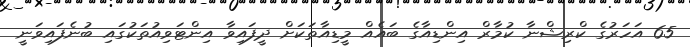
65 އަހަރުގެ ކްރިޝްނާ ކުމާރް އިންޑިއާގެ ބައެއް މީޑިއާތަކަށް ދީފައިވާ އިންޓަވިއުތަކުގައި ބުނެފައިވަނީ